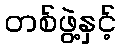
တစ်ဖွဲ့နှင့်